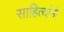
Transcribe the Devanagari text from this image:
साहित्यांनी